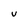
Character: V